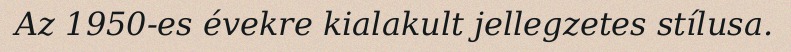
Az 1950-es évekre kialakult jellegzetes stílusa.